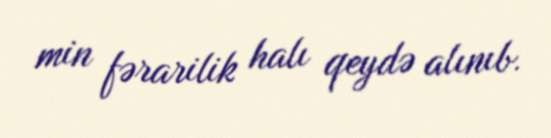
min fərarilik halı qeydə alınıb.